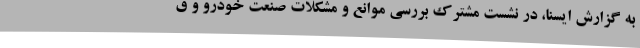
به گزارش ایسنا، در نشست مشترک بررسی موانع و مشکلات صنعت خودرو و ق